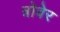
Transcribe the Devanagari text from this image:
त्रोवेर